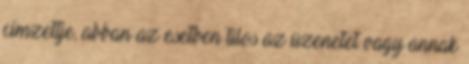
címzettje, abban az esetben tilos az üzenetet vagy annak